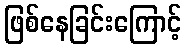
ဖြစ်နေခြင်းကြောင့်